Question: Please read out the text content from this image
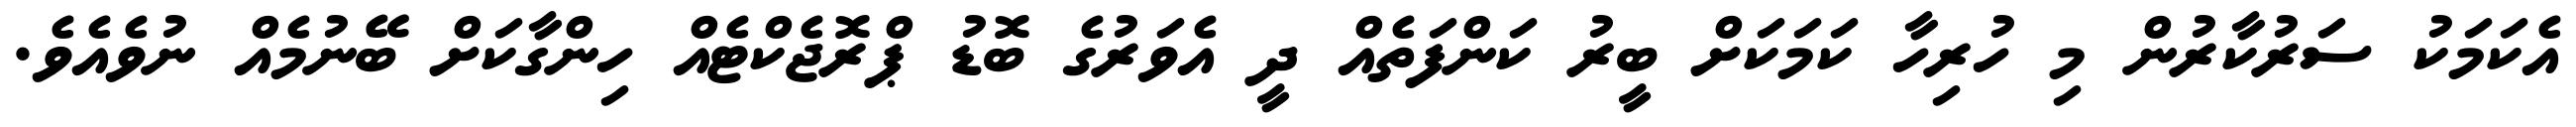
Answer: އެކަމަކު ސަރުކާރުން މި ހުރިހާ ކަމަކަށް ބީރު ކަންފަތެއް ދީ އެވަރުގެ ބޮޑު ޕްރޮޖެކްޓެއް ހިންގާކަށް ބޭނުމެއް ނުވެއެވެ.